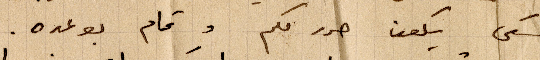
سعى يكون حرر منكم وقام بوعده.